Scientific memoirs by medical officers of the Army of India - Part III,
Year: 1887
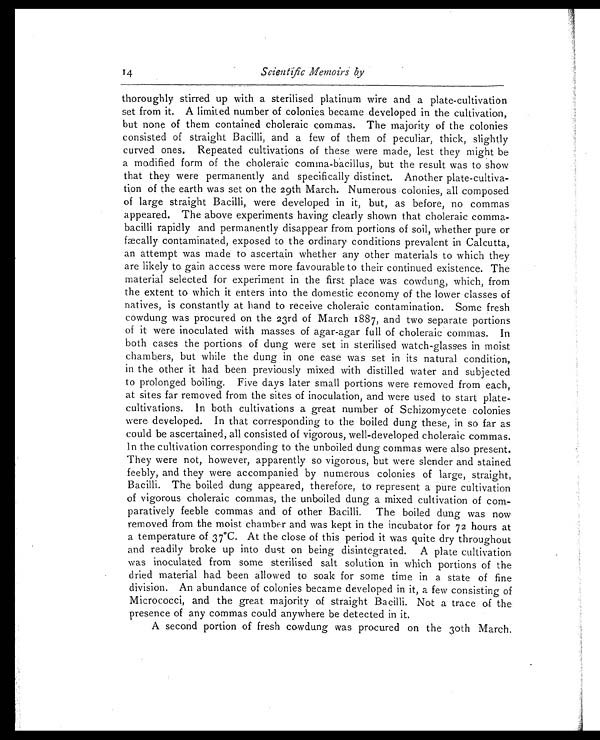
14
Scientific Memoirs by
thoroughly stirred up with a sterilised platinum wire and a plate-cultivation
set from it. A limited number of colonies, became developed in the cultivation
, but none of them contained choleraic commas. The majority of the colonies
consisted of straight Bacilli, and a few of them of peculiar, thick, slightly
curved ones. Repeated cultivations of these were made, lest they might be
a modified form of the choleraic comma-bacillus, but the result was to show
that they were permanently and specifically distinct. Another plate-culti
va-tion of the earth was set on the 29th March. Numerous colonies, all composed
of large straight Bacilli, were developed in it, but, as before, no commas
appeared. The above experiments having clearly shown that choleraic comma
-bacilli rapidly and permanently disappear from portions of soil, whether pure or
fæclly contaminated, exposed to the ordinary conditions prevalent in Calcutta,
an attempt was made to ascertain whether any other materials to which they
are likely to gain access were more favourable to their continued existence. The
material selected for experiment in the first place was cowdung, which, from
the extent to which it enters into the domestic economy of the lower classes of
natives, is constantly at hand to receive choleraic contamination. Some fresh
cowdung was procured on the 23rd of March 1887, and two separate portions
of it were inoculated with masses of agar-agar full of choleraic commas. In
both cases the portions of dung were set in sterilised watch-glasses in moist
chambers, but while the dung in one case was set in its natural condition,
in the other it had been previously mixed with distilled water and subjected
to prolonged boiling. Five days later small portions were removed from each,
at sites far removed from the sites of inoculation, and were used to start plate
-cultivations. In both cultivations a great number of Schizomycete colonies
were developed. In that corresponding to the boiled dung these, in so far as
could be ascertained, all consisted of vigorous, well-developed choleraic commas.
In the cultivation corresponding to the unboiled dung commas were also present.
They were not, however, apparently so vigorous, but were slender and stained
feebly, and they were accompanied by numerous colonies of large, straight,
Bacilli. The boiled dung appeared, therefore, to represent a pure cultivation
of vigorous choleraic commas, the unboiled dung a mixed cultivation of com
-paratively feeble commas and of other Bacilli. The boiled dung was now
removed from the moist chamber and was kept in the incubator for 72 hours at
a temperature of 37°C. At the close of this period it was quite dry throughout
and readily broke up into dust on being disintegrated. A plate cultivation
was inoculated from some sterilised salt solution in which portions of the
dried material had been allowed to soak for some time in a state of fine
division. An abundance of colonies became developed in it, a few consisting of
Micrococci, and the great majority of straight Bacilli. Not a trace of the
presence of any commas could anywhere be detected in it.
A second portion of fresh cowdung was procured on the 3oth March.